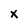
Character: X